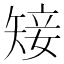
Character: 𥏡